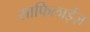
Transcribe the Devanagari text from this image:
साफिलाईज़